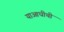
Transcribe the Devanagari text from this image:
याआधीची